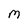
Character: M